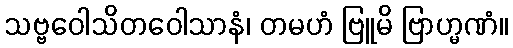
သဗ္ဗဝေါသိတဝေါသာနံ၊ တမဟံ ဗြူမိ ဗြာဟ္မဏံ။